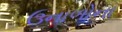
ઉનાળોના